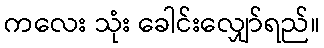
ကလေး သုံး ခေါင်းလျှော်ရည်။